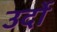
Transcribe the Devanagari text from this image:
उर्दो